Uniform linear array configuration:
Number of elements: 48
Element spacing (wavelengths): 0.75
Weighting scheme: uniform
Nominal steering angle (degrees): -30
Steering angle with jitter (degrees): -29.965
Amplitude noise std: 0.05
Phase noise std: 0.05

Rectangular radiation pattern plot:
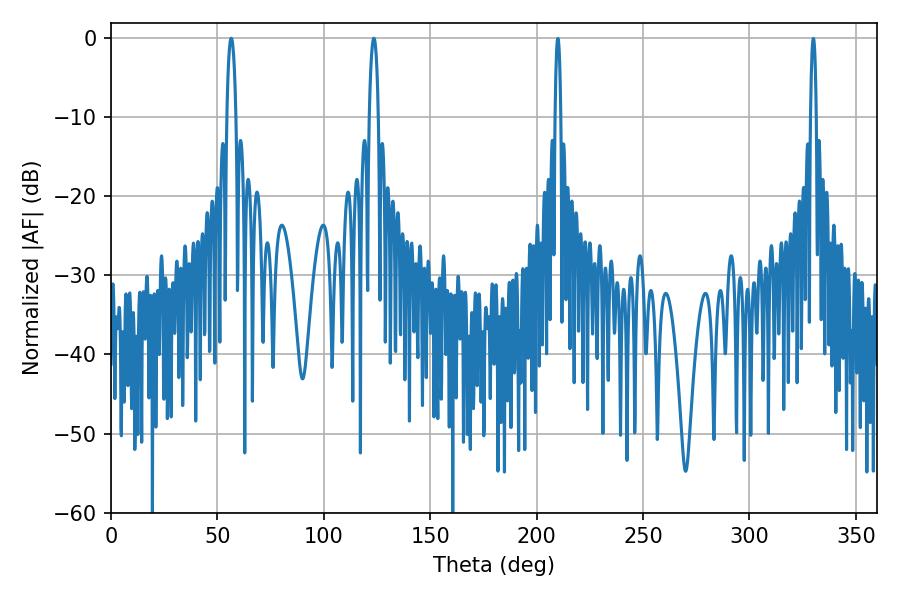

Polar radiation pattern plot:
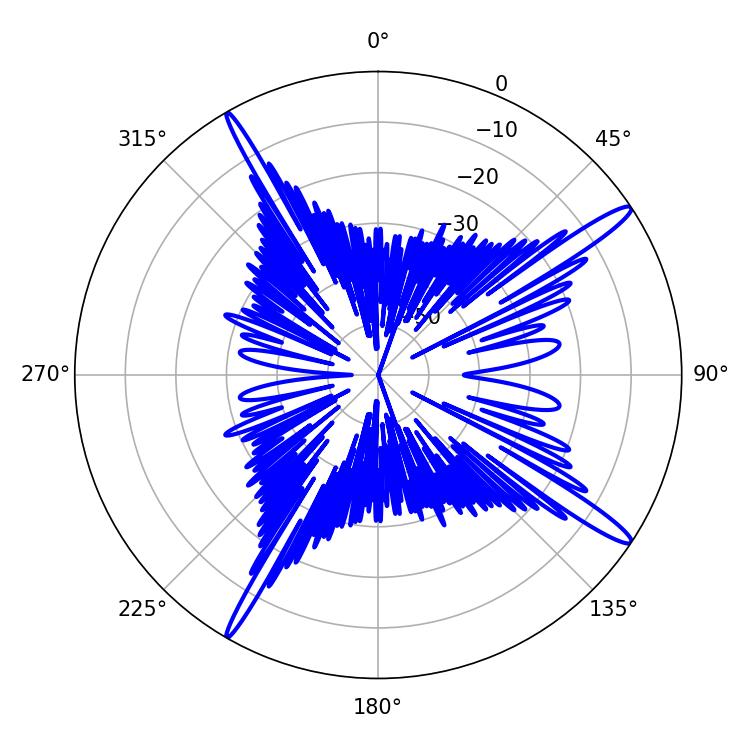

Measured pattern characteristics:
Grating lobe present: TRUE
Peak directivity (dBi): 15.866
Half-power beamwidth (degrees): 2.52
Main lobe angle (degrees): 56.52